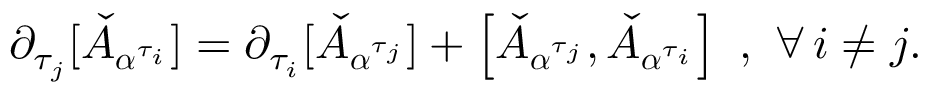
\partial _ { \tau _ { j } } [ \check { A } _ { \boldsymbol { \alpha } ^ { \tau _ { i } } } ] = \partial _ { \tau _ { i } } [ \check { A } _ { \boldsymbol { \alpha } ^ { \tau _ { j } } } ] + \left[ \check { A } _ { \boldsymbol { \alpha } ^ { \tau _ { j } } } , \check { A } _ { \boldsymbol { \alpha } ^ { \tau _ { i } } } \right] \, \, , \, \, \forall \, i \neq j .